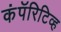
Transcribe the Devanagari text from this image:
कंपॅरिटिव्ह